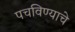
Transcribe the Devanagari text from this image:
पचविण्याचे